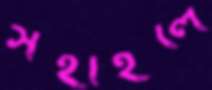
সহাইলে